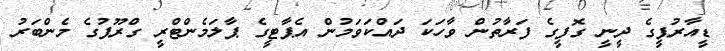
ޑީއާރުޕީގެ ދީނީ ގޮފީގެ ފަރާތުން ވާހަކަ ދައްކަވަމުން އެޕާޓީގެ ޕާލަމެންޓްރީ ގްރޫޕުގެ މެންބަރު